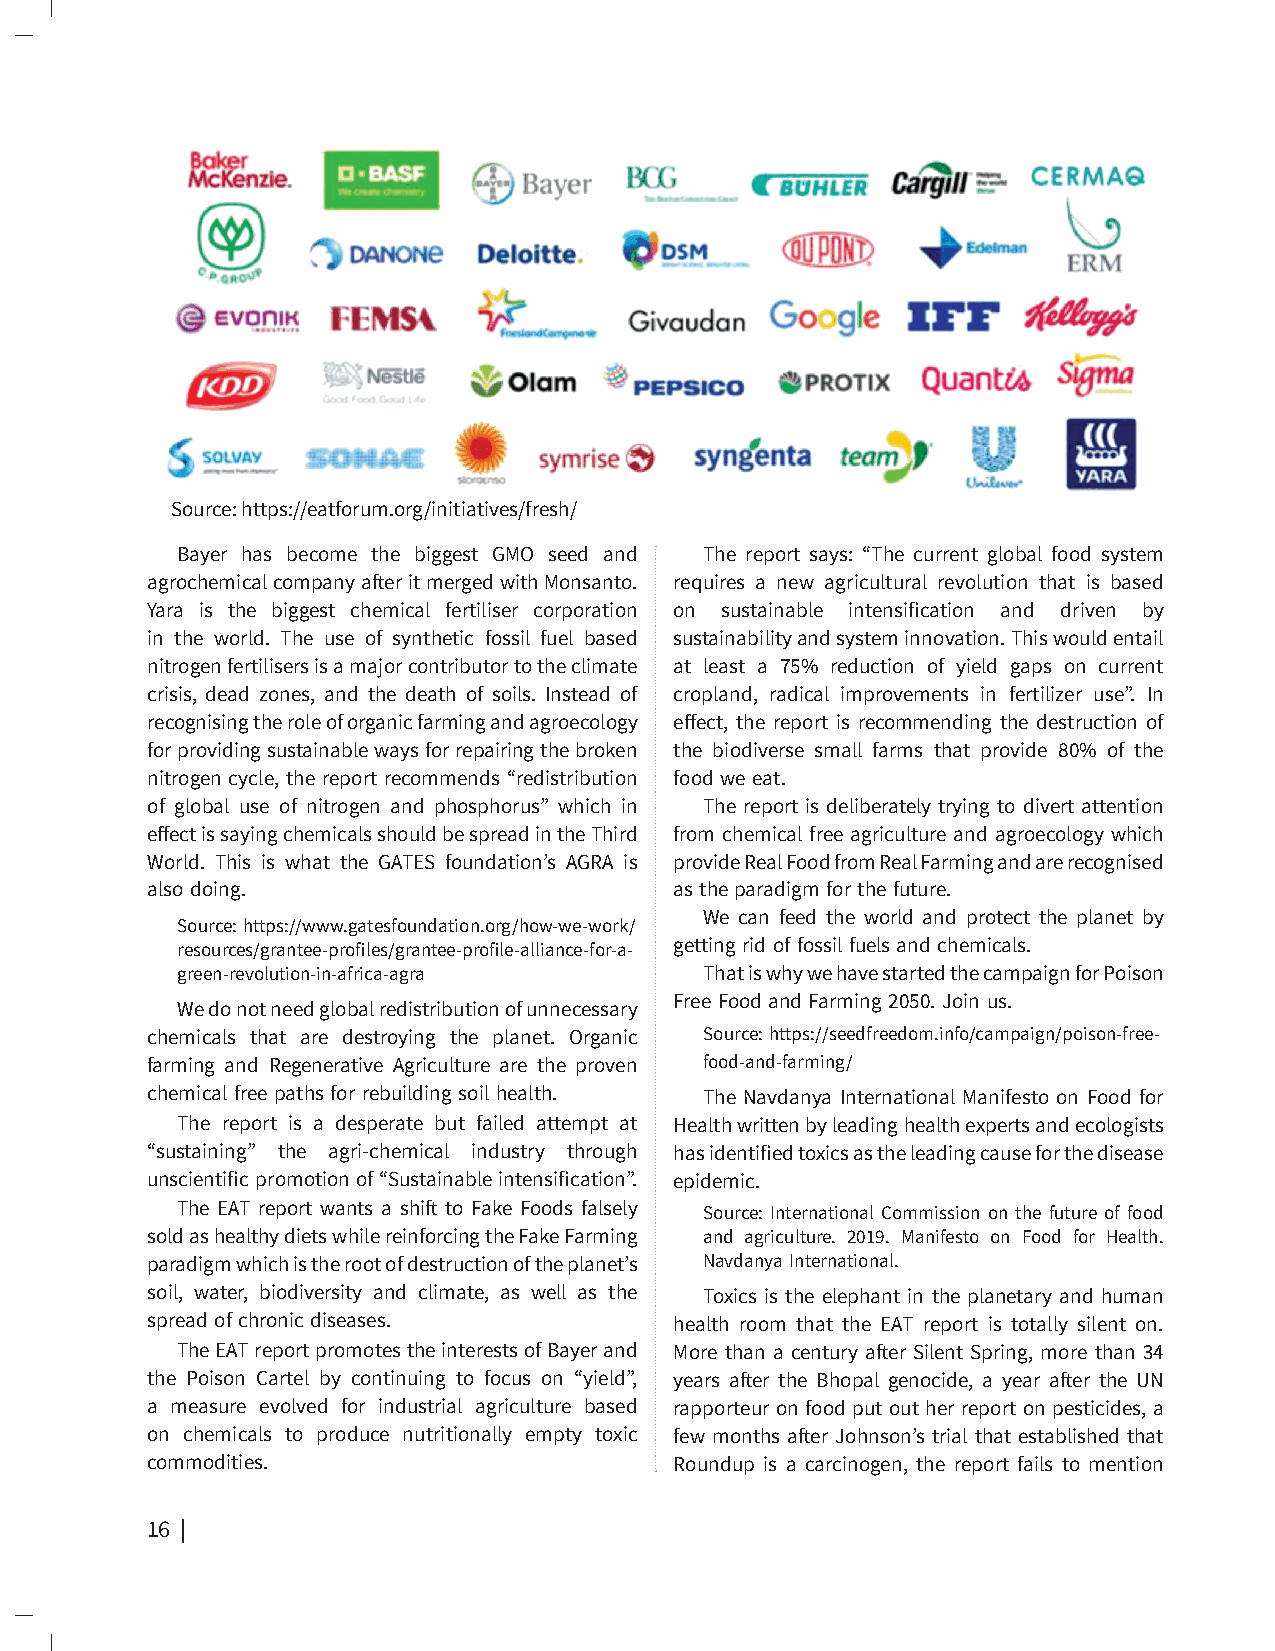
Source: https://eatforum.org/initiatives/fresh/
 Bayer has become the biggest GMO seed and The report says: “The current global food system
 agrochemical company after it merged with Monsanto. requires a new agricultural revolution that is based
 Yara is the biggest chemical fertiliser corporation on sustainable intensification and driven by
 in the world. The use of synthetic fossil fuel based sustainability and system innovation. This would entail
 nitrogen fertilisers is a major contributor to the climate at least a 75% reduction of yield gaps on current
 crisis, dead zones, and the death of soils. Instead of cropland, radical improvements in fertilizer use”. In
 recognising the role of organic farming and agroecology effect, the report is recommending the destruction of
 for providing sustainable ways for repairing the broken the biodiverse small farms that provide 80% of the
 nitrogen cycle, the report recommends “redistribution food we eat.
 of global use of nitrogen and phosphorus” which in The report is deliberately trying to divert attention
 effect is saying chemicals should be spread in the Third from chemical free agriculture and agroecology which
 World. This is what the GATES foundation’s AGRA is provide Real Food from Real Farming and are recognised
 also doing.                        as the paradigm for the future.
 We can feed the world and protect the planet by
 Source: https://www.gatesfoundation.org/how-we-work/
 resources/grantee-profiles/grantee-profile-alliance-for-a- getting rid of fossil fuels and chemicals.
 green-revolution-in-africa-agra    That is why we have started the campaign for Poison
 Free Food and Farming 2050. Join us.
 We do not need global redistribution of unnecessary
 chemicals that are destroying the planet. Organic Source: https://seedfreedom.info/campaign/poison-free-
 farming and Regenerative Agriculture are the proven food-and-farming/
 chemical free paths for rebuilding soil health. The Navdanya International Manifesto on Food for
 The report is a desperate but failed attempt at Health written by leading health experts and ecologists
 “sustaining” the agri-chemical industry through has identified toxics as the leading cause for the disease
 unscientific promotion of “Sustainable intensification”. epidemic.
 The EAT report wants a shift to Fake Foods falsely Source: International Commission on the future of food
 sold as healthy diets while reinforcing the Fake Farming and agriculture. 2019. Manifesto on Food for Health.
 paradigm which is the root of destruction of the planet’s Navdanya International.
 soil, water, biodiversity and climate, as well as the Toxics is the elephant in the planetary and human
 spread of chronic diseases.        health room that the EAT report is totally silent on.
 The EAT report promotes the interests of Bayer and More than a century after Silent Spring, more than 34
 the Poison Cartel by continuing to focus on “yield”, years after the Bhopal genocide, a year after the UN
 a measure evolved for industrial agriculture based rapporteur on food put out her report on pesticides, a
 on chemicals to produce nutritionally empty toxic few months after Johnson’s trial that established that
 commodities.                       Roundup is a carcinogen, the report fails to mention
 16 | The Future of Our Daily Bread